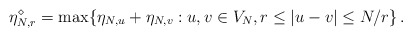
\begin{align*}\eta_{N,r}^{\diamond}=\max \{\eta_{N,u}+\eta_{N,v} : u,v \in V_N, r \le |u-v| \le N/r \} \,.\end{align*}